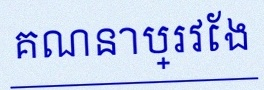
គណនាប្រវែង